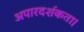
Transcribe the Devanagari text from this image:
अपारदर्शकता।